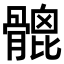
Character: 𩪅